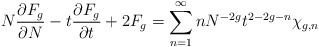
\begin{align*}N {\partial F_g \over \partial N} - t {\partial F_g \over \partial t} + 2 F_g=\sum_{n=1}^{\infty} n N^{- 2 g } t^{2 - 2 g - n} \chi_{g,n}\end{align*}